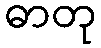
ဓာတု